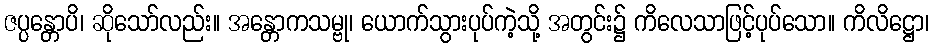
ဇပ္ပန္တောပိ၊ ဆိုသော်လည်း။ အန္တောကသမ္ဗု၊ ယောက်သွားပုပ်ကဲ့သို့ အတွင်း၌ ကိလေသာဖြင့်ပုပ်သော။ ကိလိဋ္ဌော၊